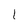
Character: 1